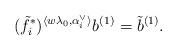
LaTeX: \begin{align*}(\tilde{f}_i^{\ast})^{\langle w\lambda_0, \alpha_i^{\vee}\rangle}b^{(1)}=\tilde{b}^{(1)}.\end{align*}